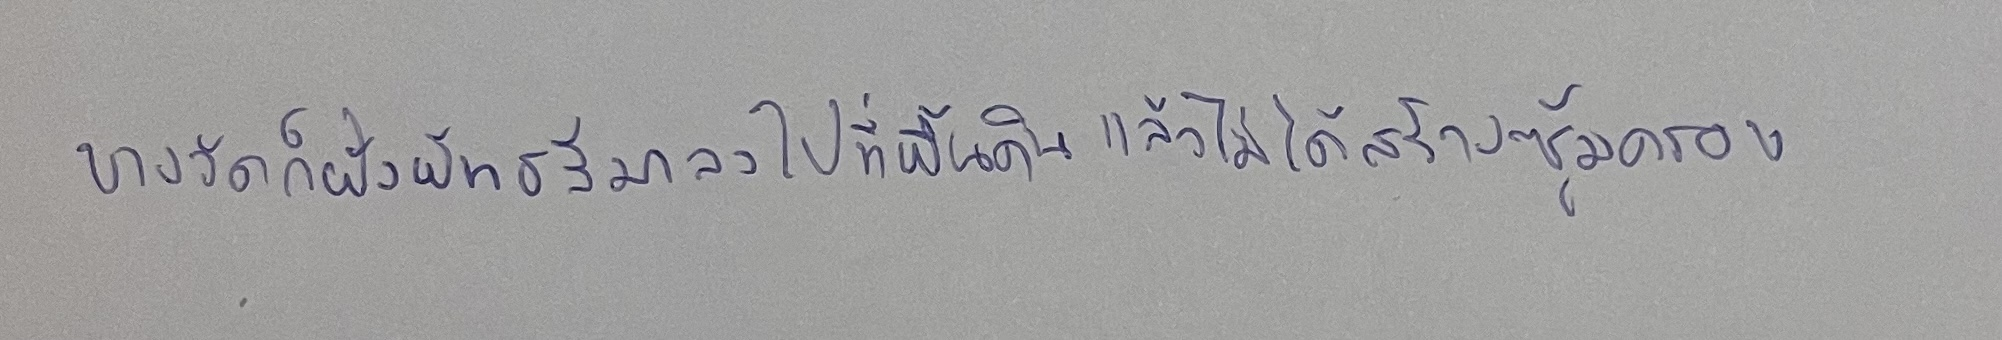
บางวัดก็ฝังพัทธสีมาลงไปที่พื้นดินแล้วไม่ได้สร้างซุ้มครอบ